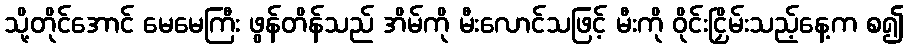
သို့တိုင်အောင် မေမေကြီး ဖွန်တိန်သည် အိမ်ကို မီးလောင်သဖြင့် မီးကို ဝိုင်းငြှိမ်းသည့်နေ့က စ၍